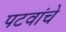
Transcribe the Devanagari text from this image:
पटवांचे